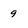
Character: 9